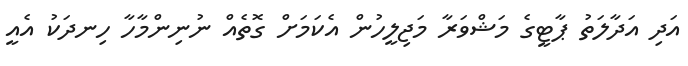
އަދި އަދާލަތު ޕާޓީގެ މަޝްވަރާ މަޖިލީހުން އެކަމަށް ގޮތެއް ނުނިންމާހާ ހިނދަކު އެއީ